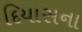
દિયાસના